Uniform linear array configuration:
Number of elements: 64
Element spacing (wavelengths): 0.5
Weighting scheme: blackman
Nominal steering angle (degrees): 60
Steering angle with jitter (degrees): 61.232
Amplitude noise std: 0.05
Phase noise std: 0.05

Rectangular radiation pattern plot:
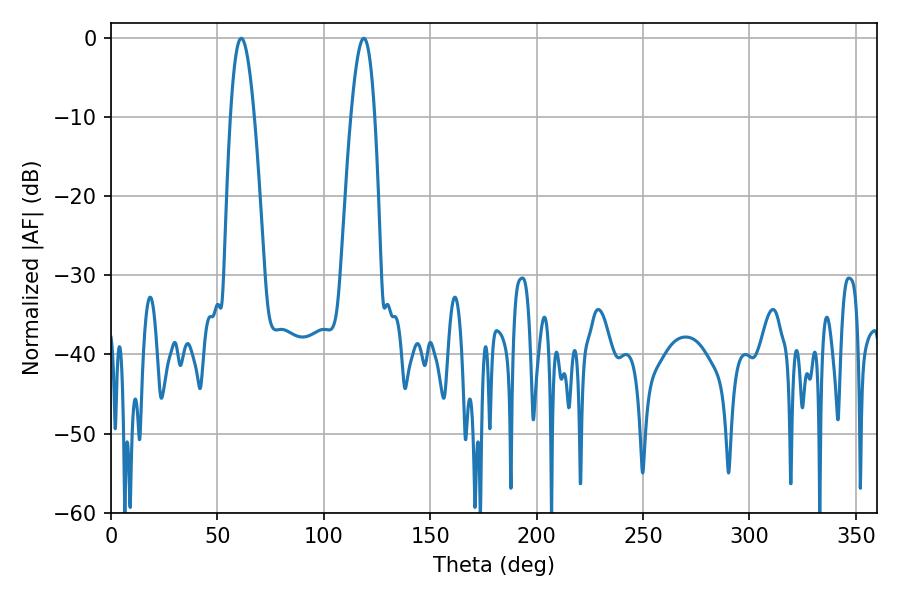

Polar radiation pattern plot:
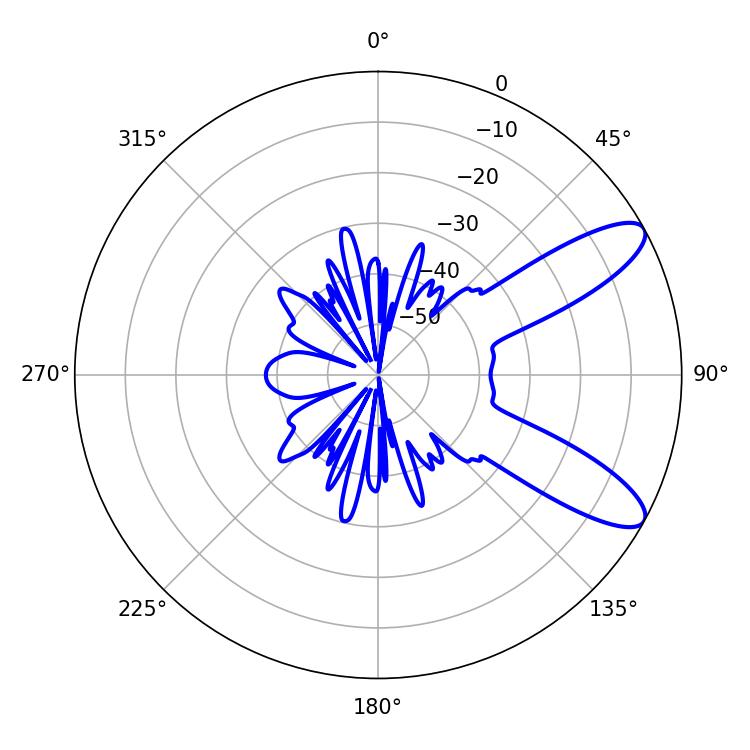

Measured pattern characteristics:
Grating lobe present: FALSE
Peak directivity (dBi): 9.923
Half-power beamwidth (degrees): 6.12
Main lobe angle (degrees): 61.2